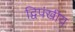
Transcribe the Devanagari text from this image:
द्विपंखीय